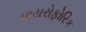
પાયરોફોરિક